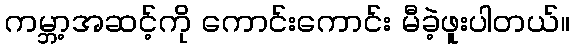
ကမ္ဘာ့အဆင့်ကို ကောင်းကောင်း မီခဲ့ဖူးပါတယ်။